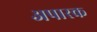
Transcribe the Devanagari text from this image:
अपारक